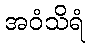
အဝံသိရံ